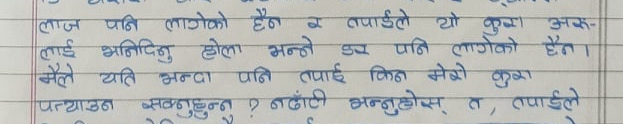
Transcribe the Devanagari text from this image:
लाज पनि लागेको छैन र तपाईले यो कुरा अरु
लाई भनिदिनु होला भन्ने डर पनि लागेको छैन ।
मैले यति भन्दा पनि तपाई किन मेरो कुरा
पत्याउन सक्नुहुन्न ? नाँठी भन्नुहोस् त, तपाईले